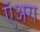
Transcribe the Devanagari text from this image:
ऍअरा